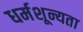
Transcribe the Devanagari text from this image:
धर्मशून्यता